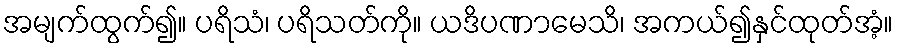
အမျက်ထွက်၍။ ပရိသံ၊ ပရိသတ်ကို။ ယဒိပဏာမေသိ၊ အကယ်၍နှင်ထုတ်အံ့။